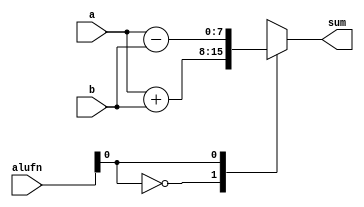
/*
   This file was generated automatically by the Mojo IDE version B1.3.5.
   Do not edit this file directly. Instead edit the original Lucid source.
   This is a temporary file and any changes made to it will be destroyed.
*/

module adder_7 (
    input [7:0] a,
    input [7:0] b,
    input [5:0] alufn,
    output reg [7:0] sum
  );
  
  
  
  always @* begin
    sum = 1'h0;
    
    case (alufn[0+0-:1])
      1'h0: begin
        sum = a + b;
      end
      1'h1: begin
        sum = a - b;
      end
    endcase
  end
endmodule